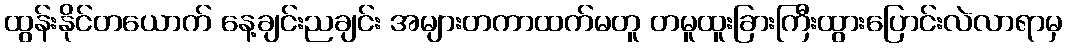
ထွန်းနိုင်တယောက် နေ့ချင်းညချင်း အများတကာထက်မတူ တမူထူးခြားကြီးထွားပြောင်းလဲလာရာမှ